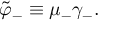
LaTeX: \tilde { \varphi } _ { - } \equiv \mu _ { - } \gamma _ { - } .